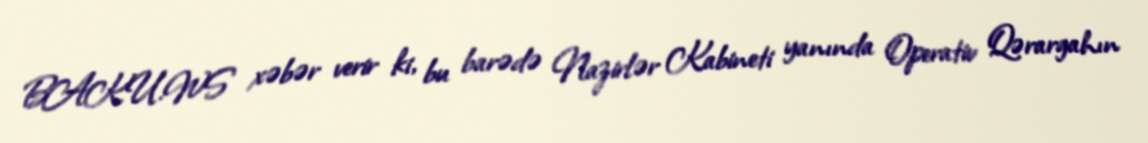
BAKU.WS xəbər verir ki, bu barədə Nazirlər Kabineti yanında Operativ Qərargahın